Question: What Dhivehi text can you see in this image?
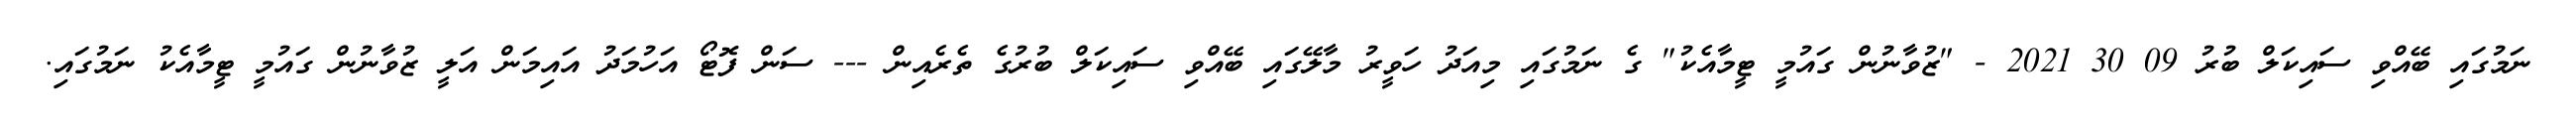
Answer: ނަމުގައި ބޭއްވި ސައިކަލް ބުރު 09 30 2021 - "ޒުވާނުން ގައުމީ ޓީމާއެކު" ގެ ނަމުގައި މިއަދު ހަވީރު މާލޭގައި ބޭއްވި ސައިކަލް ބުރުގެ ތެރެއިން --- ސަން ފޮޓޯ އަހުމަދު އައިމަން އަލީ ޒުވާނުން ގައުމީ ޓީމާއެކު ނަމުގައި.